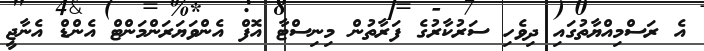
އެ ރަސްމިއްޔާތުގައި ދިވެހި ސަރުކާރުގެ ފަރާތުން މިނިސްޓާ އޮފް އެންވަޔަރަންމަންޓް އެންޑް އެނާޖީ